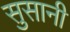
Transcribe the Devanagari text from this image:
सुसानी